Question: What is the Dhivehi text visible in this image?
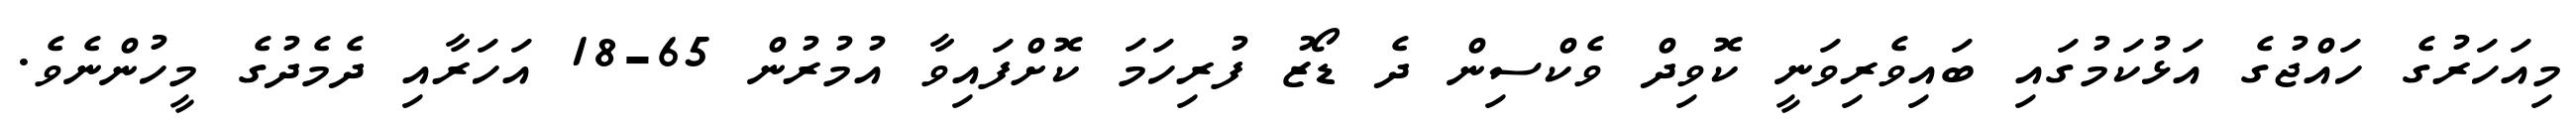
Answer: މިއަހަރުގެ ހައްޖުގެ އަޅުކަމުގައި ބައިވެރިވަނީ ކޮވިދް ވެކްސިން ދެ ޑޯޒު ފުރިހަމަ ކޮށްފައިވާ އުމުރުން 65-18 އަހަރާއި ދެމެދުގެ މީހުންނެވެ.